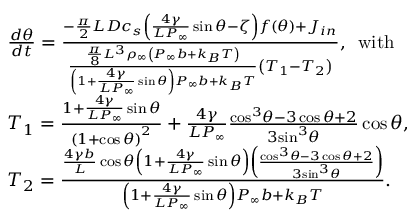
\begin{array} { r l } & { \frac { d \theta } { d t } = \frac { - \frac { \pi } { 2 } L D { { c } _ { s } } \left( \frac { { 4 \gamma } } { L P _ { \infty } } \sin \theta - \zeta \right) f \left( \theta \right) + { { J } _ { i n } } } { \frac { \frac { \pi } { 8 } { { L } ^ { 3 } } { { \rho } _ { \infty } } \left( { { P } _ { \infty } } { b } + { { k } _ { B } } T \right) } { \left( 1 + \frac { 4 \gamma } { L { { P } _ { \infty } } } \sin \theta \right) { { P } _ { \infty } } { b } + { { k } _ { B } } T } \left( { { T } _ { 1 } } - { { T } _ { 2 } } \right) } , \, \, \, \mathrm { w i t h } } \\ & { { { T } _ { 1 } } = \frac { 1 + \frac { 4 \gamma } { L { { P } _ { \infty } } } \sin \theta } { { { \left( 1 + \cos \theta \right) } ^ { 2 } } } + \frac { 4 \gamma } { L { { P } _ { \infty } } } \frac { { { \cos } ^ { 3 } } \theta - 3 \cos \theta + 2 } { 3 { { \sin } ^ { 3 } } \theta } \cos \theta , } \\ & { { { T } _ { 2 } } = \frac { \frac { 4 \gamma { b } } { L } \cos \theta \left( 1 + \frac { 4 \gamma } { L { { P } _ { \infty } } } \sin \theta \right) \left( \frac { { { \cos } ^ { 3 } } \theta - 3 \cos \theta + 2 } { 3 { { \sin } ^ { 3 } } \theta } \right) } { \left( 1 + \frac { 4 \gamma } { L { { P } _ { \infty } } } \sin \theta \right) { { P } _ { \infty } } b + { { k } _ { B } } T } . } \end{array}